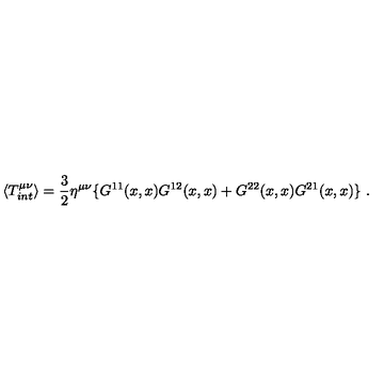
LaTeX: \langle T _ { i n t } ^ { \mu \nu } \rangle = \frac { 3 } { 2 } \eta ^ { \mu \nu } \{ G ^ { 1 1 } ( x , x ) G ^ { 1 2 } ( x , x ) + G ^ { 2 2 } ( x , x ) G ^ { 2 1 } ( x , x ) \} \ .